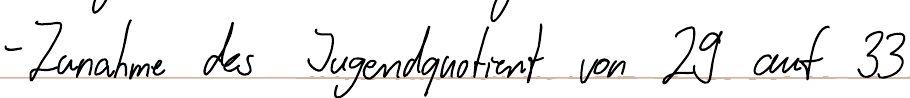
- Zunahme des Jugendquotient von 29 auf 33